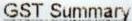
GST SUMMARY